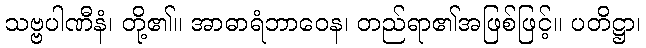
သဗ္ဗပါဏီနံ၊ တို့၏။ အာဓာရံဘာဝေန၊ တည်ရာ၏အဖြစ်ဖြင့်။ ပတိဋ္ဌာ၊